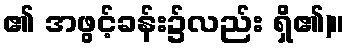
၏ အဖွင့်ခန်း၌လည်း ရှိ၏)။